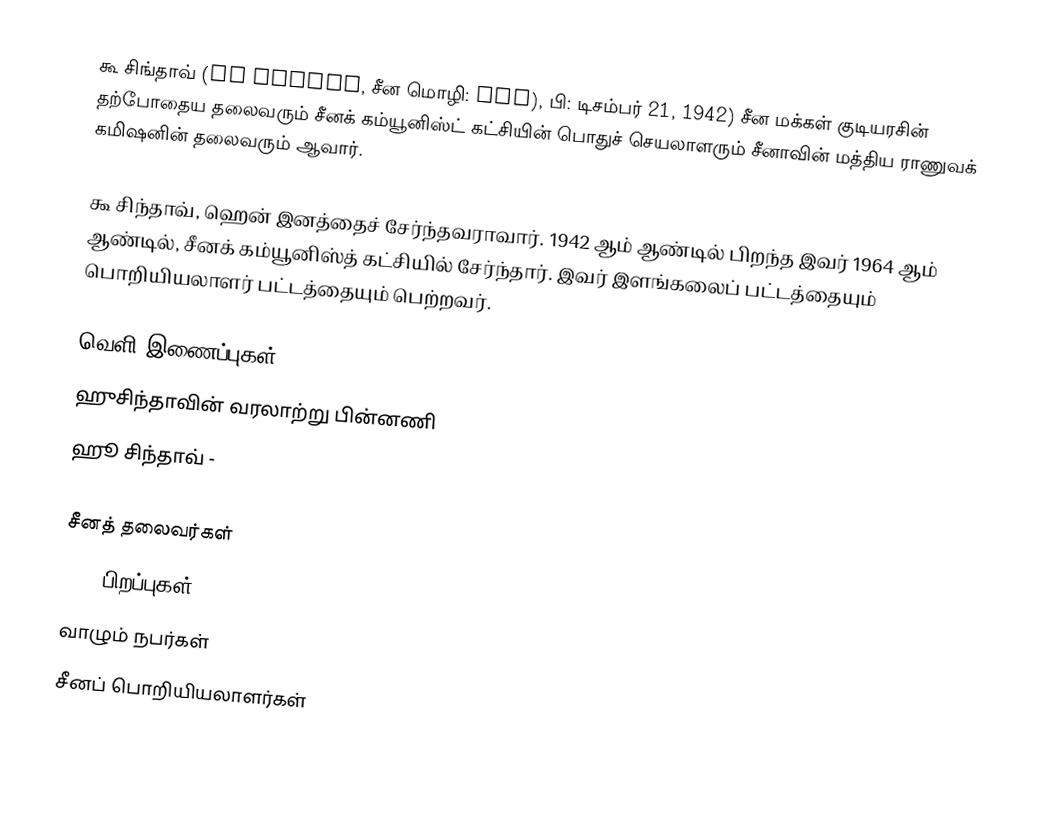
கூ சிங்தாவ் (Hu Jintao, சீன மொழி: 胡锦涛), பி: டிசம்பர் 21, 1942) சீன மக்கள் குடியரசின் தற்போதைய தலைவரும் சீனக் கம்யூனிஸ்ட் கட்சியின் பொதுச் செயலாளரும் சீனாவின் மத்திய ராணுவக் கமிஷனின் தலைவரும் ஆவார்.

கூ சிந்தாவ், ஹென் இனத்தைச் சேர்ந்தவராவார். 1942 ஆம் ஆண்டில் பிறந்த இவர் 1964 ஆம் ஆண்டில், சீனக் கம்யூனிஸ்த் கட்சியில் சேர்ந்தார். இவர் இளங்கலைப் பட்டத்தையும் பொறியியலாளர் பட்டத்தையும் பெற்றவர்.

வெளி இணைப்புகள்
 ஹுசிந்தாவின் வரலாற்று பின்னணி
 ஹூ சிந்தாவ்  -

சீனத் தலைவர்கள்
1942 பிறப்புகள்
வாழும் நபர்கள்
சீனப் பொறியியலாளர்கள்